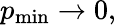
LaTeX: p_{\operatorname*{min}}\rightarrow 0,